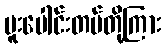
ပူးပေါင်းတပ်တို့ကြား